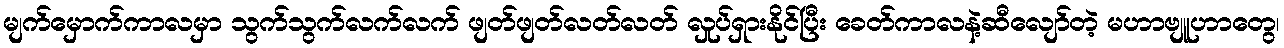
မျက်မှောက်ကာလမှာ သွက်သွက်လက်လက် ဖျတ်ဖျတ်လတ်လတ် လှုပ်ရှားနိုင်ပြီး ခေတ်ကာလနဲ့ဆီလျော်တဲ့ မဟာဗျူဟာတွေ၊